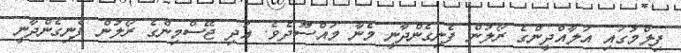
ފިލްމުގައި އަލާއްދީންގެ ރޯލުން ފެނިގެންދާނީ މެނާ މައްސޫދެވެ. އަދި ޖޭސްމިންގެ ރޯލުން ފެނިގެންދާނީ